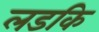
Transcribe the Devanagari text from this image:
लडकि